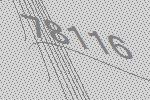
78116